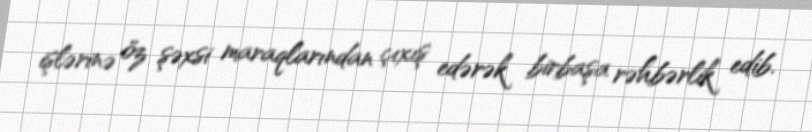
işlərinə öz şəxsi maraqlarından çıxış edərək birbaşa rəhbərlik edib.